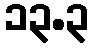
၁၃.၃